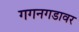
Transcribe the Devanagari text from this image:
गगनगडावर